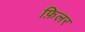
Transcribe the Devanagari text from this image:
फ़िलर